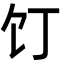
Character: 饤